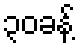
၃၀ခန့်